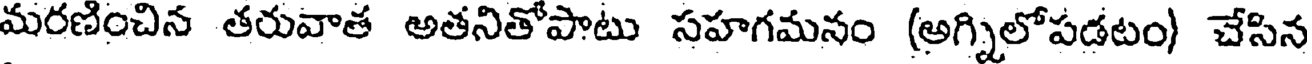
మరణించిన తరువాత అతనితోపాటు సహగమనం (అగ్నిలోపడటం) చేసిన